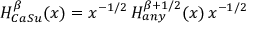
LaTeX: H _ { C a S u } ^ { \beta } ( x ) = x ^ { - 1 / 2 } \, H _ { a n y } ^ { \beta + 1 / 2 } ( x ) \, x ^ { - 1 / 2 }